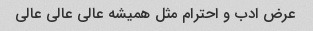
عرض ادب و احترام مثل همیشه عالی عالی عالی